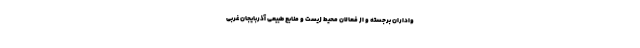
واداران برجسته و از فعالان محیط زیست و منابع طبیعی آذربایجان غربی